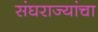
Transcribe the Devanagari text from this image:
संघराज्यांचा